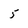
Character: 5